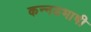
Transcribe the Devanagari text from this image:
कन्नडभाषी